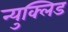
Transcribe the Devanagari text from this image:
न्युक्लिड